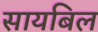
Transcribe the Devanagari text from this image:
सायबिल